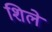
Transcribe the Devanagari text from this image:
शिले